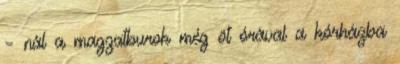
– nál a magzatburok még öt órával a kórházba